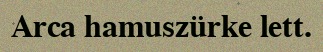
Arca hamuszürke lett.